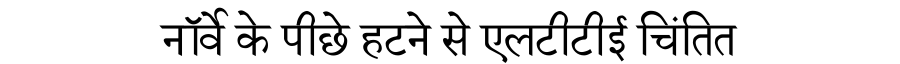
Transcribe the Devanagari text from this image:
नॉर्वे के पीछे हटने से एलटीटीई चिंतित